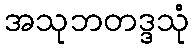
အသုဘတဒ္ဒသုံ